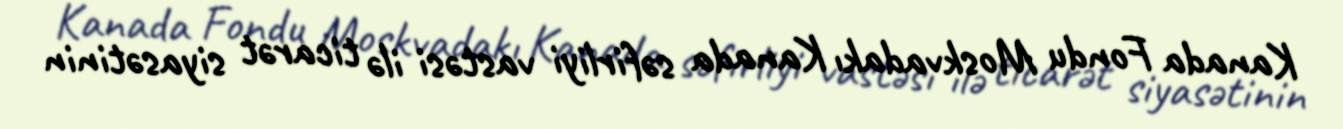
Kanada Fondu Moskvadakı Kanada səfirliyi vastəsi ilə ticarət siyasətinin